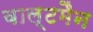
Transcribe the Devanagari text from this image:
वाल्टमैन